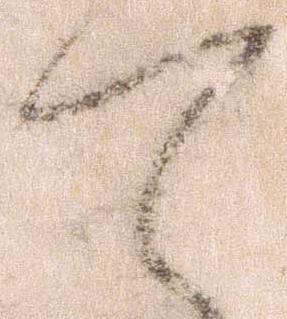
て